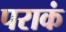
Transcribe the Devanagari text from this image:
पराकं